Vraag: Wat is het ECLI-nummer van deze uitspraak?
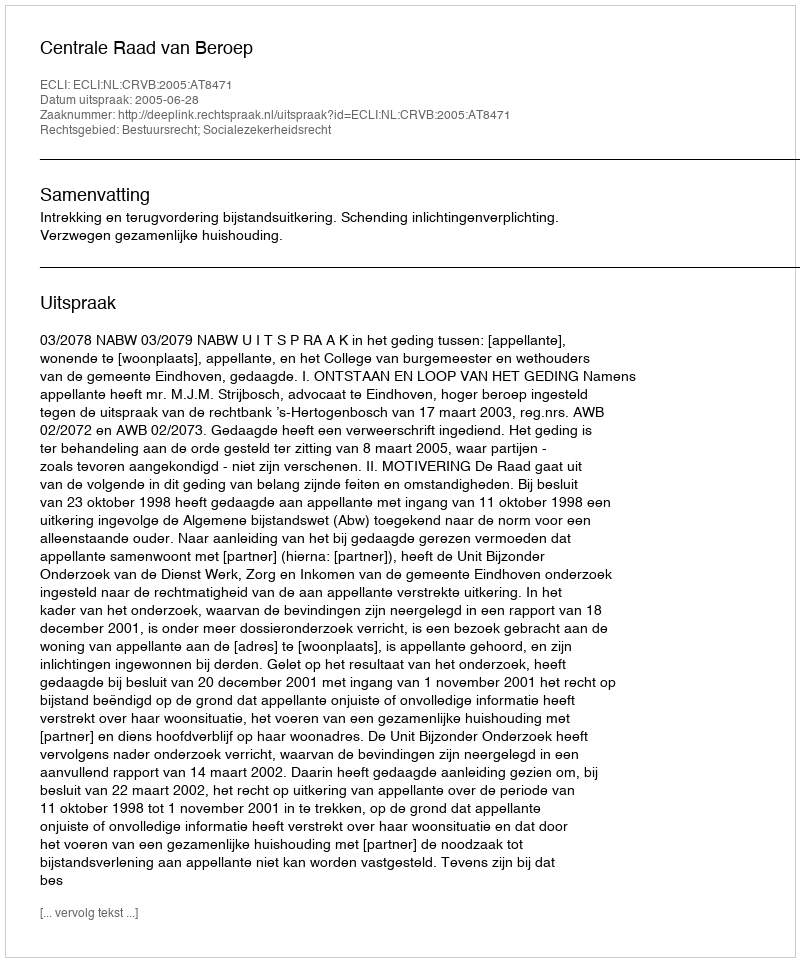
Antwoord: ECLI:NL:CRVB:2005:AT8471